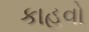
કાહવો